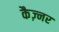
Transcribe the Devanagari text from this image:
कैज़्नर